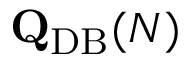
\mathbf { Q } _ { \mathrm { { D B } } } ( N )